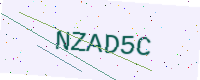
Text: NZAD5C